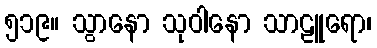
၅၁၉။ သွာနော သုဝါနော သာဠူရော၊